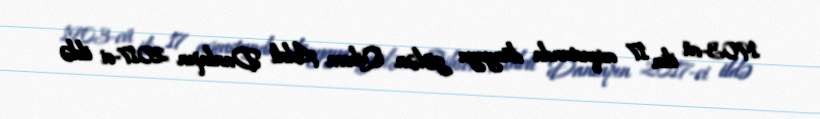
1903-cü ilin 17 avqustunda dünyaya gələn Qibson Adeli Danlapın 2017-ci ildə